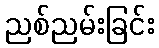
ညစ်ညမ်းခြင်း